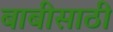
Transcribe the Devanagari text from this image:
बाबीसाठी